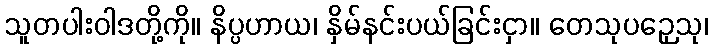
သူတပါးဝါဒတို့ကို။ နိပ္ပဟာယ၊ နှိမ်နင်းပယ်ခြင်းငှာ။ တေသုပဉှေသု၊